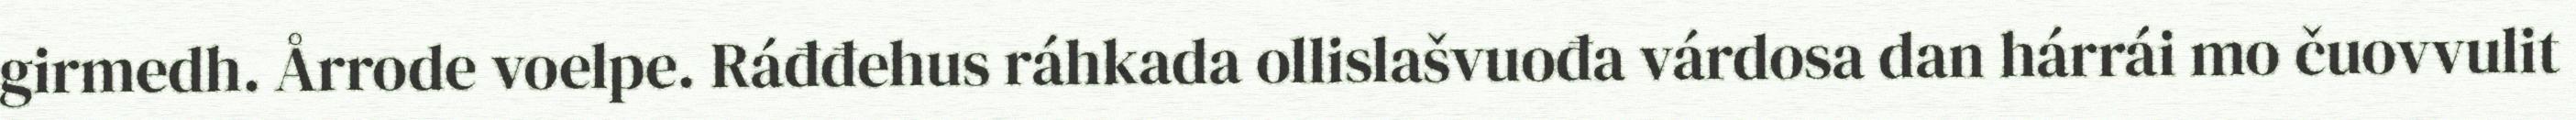
girmedh. Årrode voelpe. Ráđđehus ráhkada ollislašvuođa várdosa dan hárrái mo čuovvulit